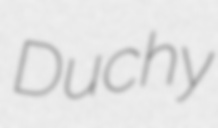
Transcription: Duchy